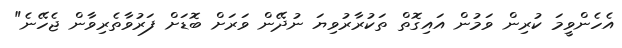
އެހެންވީމަ ކުރިން ވަމުން އައިގޮތް ތަކުރާރުވިޔަ ނުދޭން ވަރަށް ބޮޑަށް ފަރުވާތެރިވާން ޖެހޭނެ"